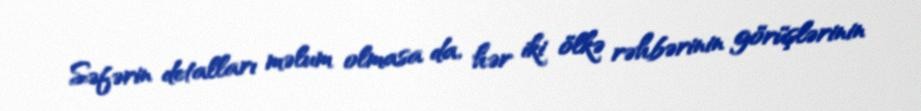
Səfərin detalları məlum olmasa da, hər iki ölkə rəhbərinin görüşlərinin